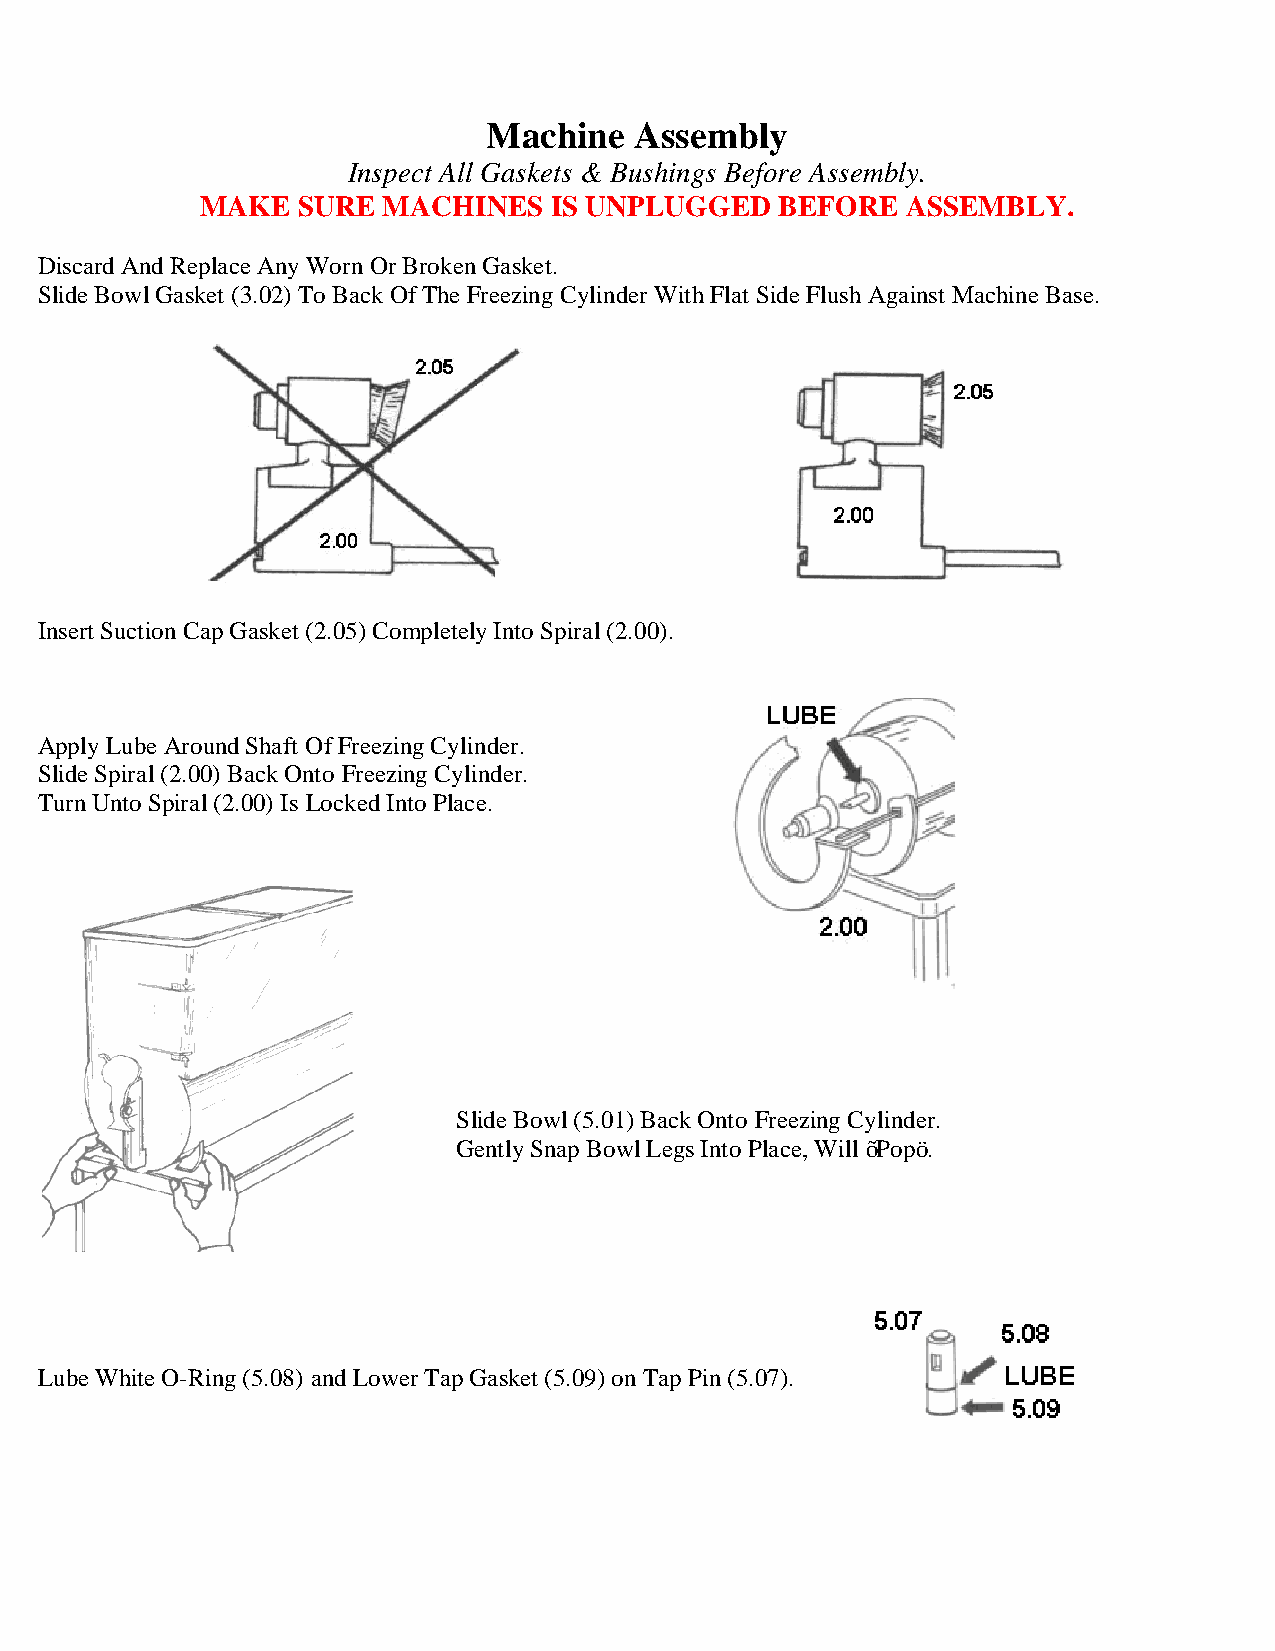
Machine   Assembly
 Inspect All Gaskets & Bushings Before Assembly.
 MAKE   SURE MACHINES   IS UNPLUGGED    BEFORE  ASSEMBLY.
 Discard And Replace Any Worn Or Broken Gasket.
 Slide Bowl Gasket (3.02) To Back Of The Freezing Cylinder With Flat Side Flush Against Machine Base.
 Insert Suction Cap Gasket (2.05) Completely Into Spiral (2.00).
 Apply Lube Around Shaft Of Freezing Cylinder.
 Slide Spiral (2.00) Back Onto Freezing Cylinder.
 Turn Unto Spiral (2.00) Is Locked Into Place.
 Slide Bowl (5.01) Back Onto Freezing Cylinder.
 Gently Snap Bowl Legs Into Place, Will “Pop”.
 Lube White O-Ring (5.08) and Lower Tap Gasket (5.09) on Tap Pin (5.07).